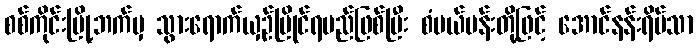
စစ်ကိုင်းမြို့ဘက်မှ သွားရောက်ယှဉ်ပြိုင်ရမည်ဖြစ်ပြီး စံပယ်ပန်းတို့ဖြင့် အောင်နန်းရိပ်သာ